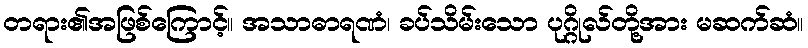
တရား၏အဖြစ်ကြောင့်။ အသာဓာရဏံ၊ ခပ်သိမ်းသော ပုဂ္ဂိုလ်တို့အား မဆက်ဆံ။